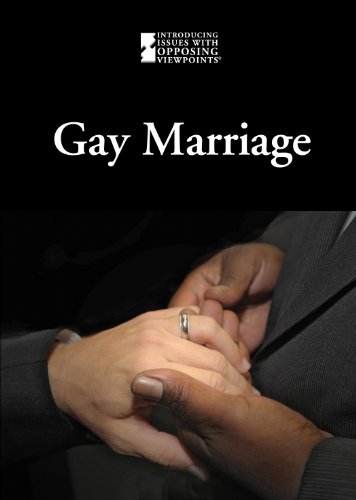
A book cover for Gay Marriage (Introducing Issues With Opposing Viewpoints); Cynthia A. Bily; Teen & Young Adult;